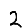
Digit: 2